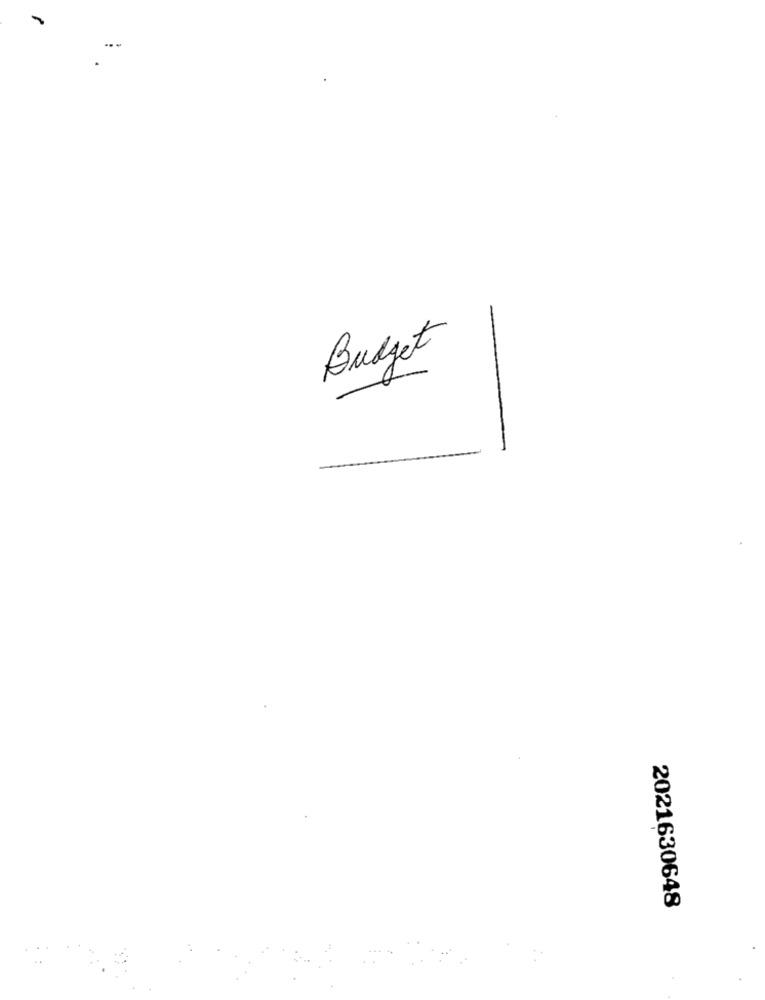
Budget
2021630648